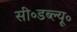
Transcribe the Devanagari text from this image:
सी॰डब्ल्यू॰